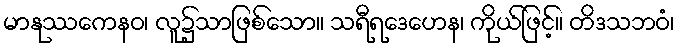
မာနုဿကေနဝ၊ လူ၌သာဖြစ်သော။ သရီရဒေဟေန၊ ကိုယ်ဖြင့်။ တိဒသဘဝံ၊